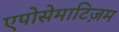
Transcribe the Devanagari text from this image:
एपोसेमाटिज़म